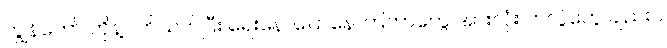
ကျွန်တော် တို့နဲ့ပတ်သက်ပြီး ရေးနေ၊ ပြောနေ ကြတာတွေ အားလုံး တလွဲတွေ ချည်းပဲ